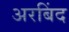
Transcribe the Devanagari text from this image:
अरबिंद